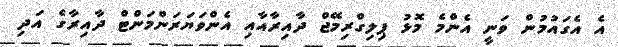
އެ އެގައުމުން ވަނީ އެންމެ މޮޅު ޕިލިގްރިމޭޖް ދާއިރާއާއި އެންވަޔަރަންމަންޓް ދާއިރާގެ އަދި